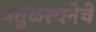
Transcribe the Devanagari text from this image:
वर्तुळरचनेचे